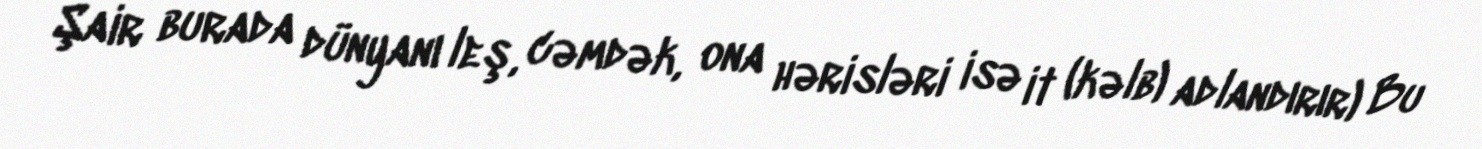
Şair burada dünyanı leş, cəmdək, ona hərisləri isə it (kəlb) adlandırır) Bu